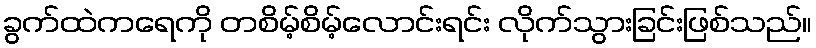
ခွက်ထဲကရေကို တစိမ့်စိမ့်လောင်းရင်း လိုက်သွားခြင်းဖြစ်သည်။